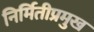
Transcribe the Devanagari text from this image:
निर्मितीप्रमुख